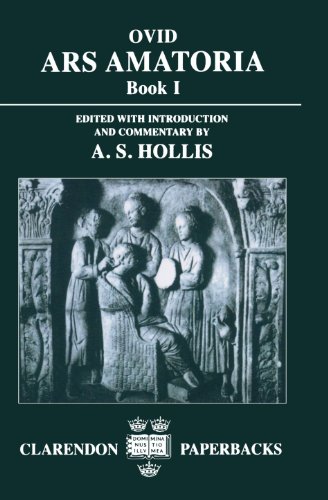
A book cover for Ars Amatoria, Book 1; Ovid; Romance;